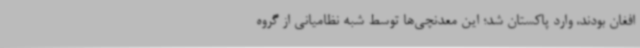
افغان بودند، وارد پاکستان شد؛ این معدنچی‌ها توسط شبه نظامیانی از گروه